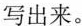
写出来。